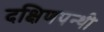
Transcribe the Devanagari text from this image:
दक्षिणपन्थी